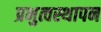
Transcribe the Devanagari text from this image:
प्रभुत्वस्थापन